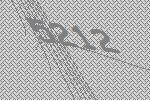
5212